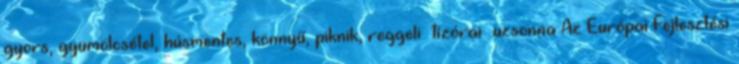
gyors, gyümölcsétel, húsmentes, könnyű, piknik, reggeli tízórai uzsonna Az Európai Fejlesztési